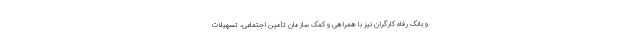
و بانک رفاه کارگران نیز با همراهی و کمک سازمان تأمین اجتماعی، تسهیلات